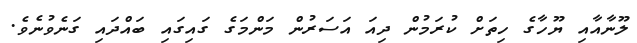
ލޫނާއާއި ޔޫހާގެ ހިތަށް ކުރަމުން ދިއަ އަސަރުން މަންމަގެ ގައިގައި ބައްދައި ގަނެވުނެވެ.